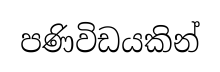
පණිවිඩයකින්